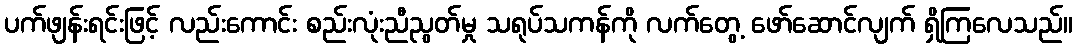
ပက်ဖျန်းရင်းဖြင့် လည်းကောင်း စည်းလုံးညီညွတ်မှု သရုပ်သကန်ကို လက်တွေ့ ဖော်ဆောင်လျက် ရှိကြလေသည်။